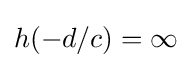
h(-d/c)=\infty